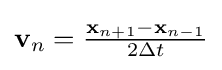
\mathbf {v} _{n}={\tfrac {\mathbf {x} _{n+1}-\mathbf {x} _{n-1}}{2\Delta t}}